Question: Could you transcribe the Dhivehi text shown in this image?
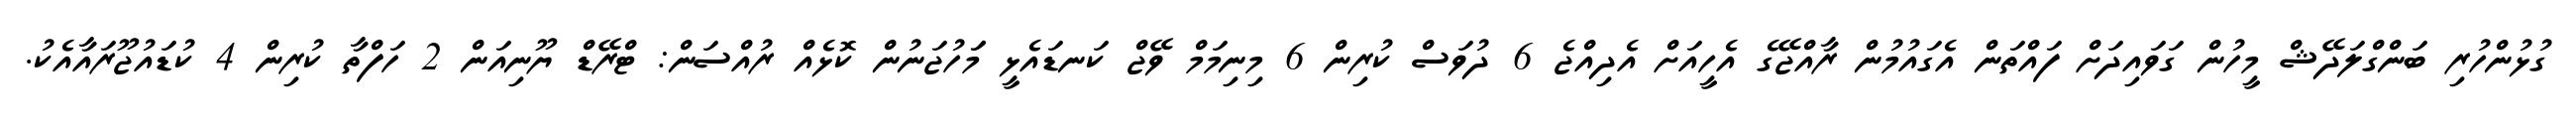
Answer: ގުޅުންހުރި ބަންގްލަދޭޝް މީހުން ގަވައިދަށް ފައްތަން އެގައުމުން ރާއްޖޭގެ އެހީއަށް އެދިއްޖެ 6 ދުވަސް ކުރިން 6 މިނިމަމް ވޭޖް ކަނޑައެޅީ މަަހުޖަނުން ކޮޅެއް ރުއްސަން: ޓްރޭޑް ޔޫނިއަން 2 ހަފްތާ ކުރިން 4 ކުޑައުޖޫރައާއެކު.